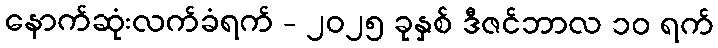
နောက်ဆုံးလက်ခံရက် - ၂၀၂၅ ခုနှစ် ဒီဇင်ဘာလ ၁၀ ရက်